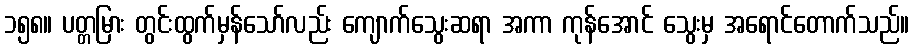
၁၅၈။ ပတ္တမြား တွင်းထွက်မှန်သော်လည်း ကျောက်သွေးဆရာ အကာ ကုန်အောင် သွေးမှ အရောင်တောက်သည်။